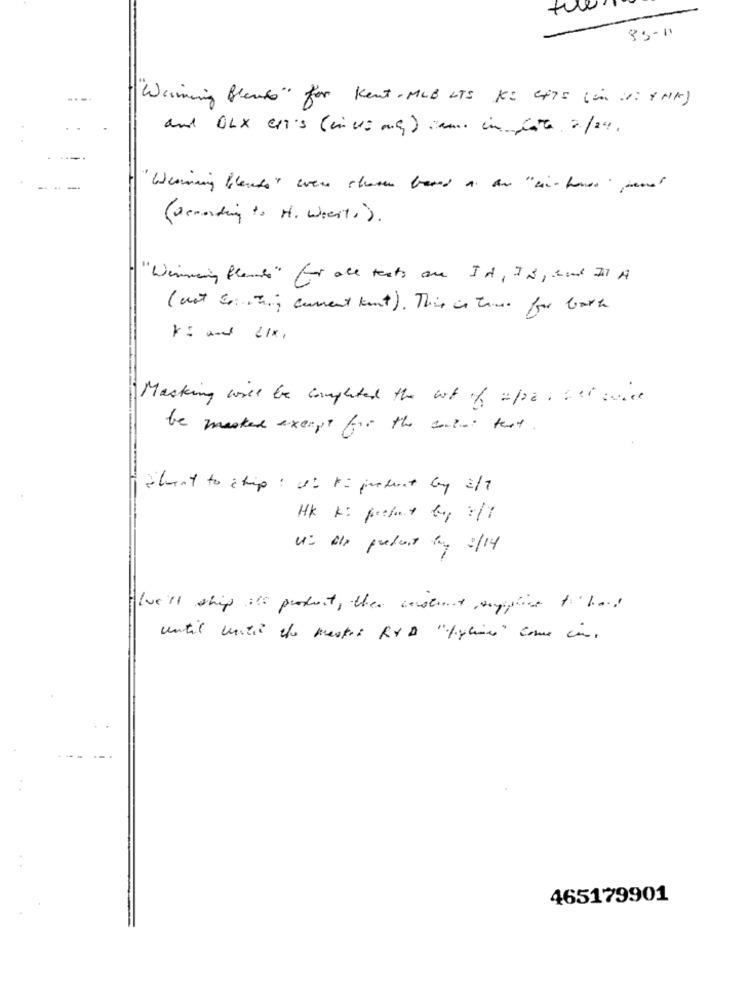
35-11
"Warming Bleut" for Kent- MLB ITS KI CHTE (in is: INK)
and OLX CH'S (minus mg) sam. in late 2/24.
" Winning blends" were show band a an " in-house" prend
( demanding to H. Weerts ) .
" Winning Blende " for all tests are Id , IN , hand Il A
(not & T .; current kant ). This is time for bort
Masking will be completed the lot of apr. Let ware
be masker except for the content that .
Stent to ship : Us to product by 2/7
HK K: profit by :/1
U: fly produit by 2/14
I've'll ship it's product, then conscient supplice to hod
until until the master RY D "pylines" come in.
465179901